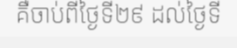
គឺចាប់ពីថ្ងៃទី២៩ ដល់ថ្ងៃទី